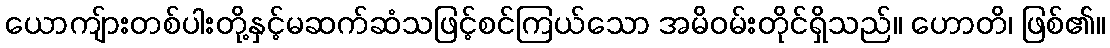
ယောကျ်ားတစ်ပါးတို့နှင့်မဆက်ဆံသဖြင့်စင်ကြယ်သော အမိဝမ်းတိုင်ရှိသည်။ ဟောတိ၊ ဖြစ်၏။